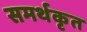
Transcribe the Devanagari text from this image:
समर्थकृत